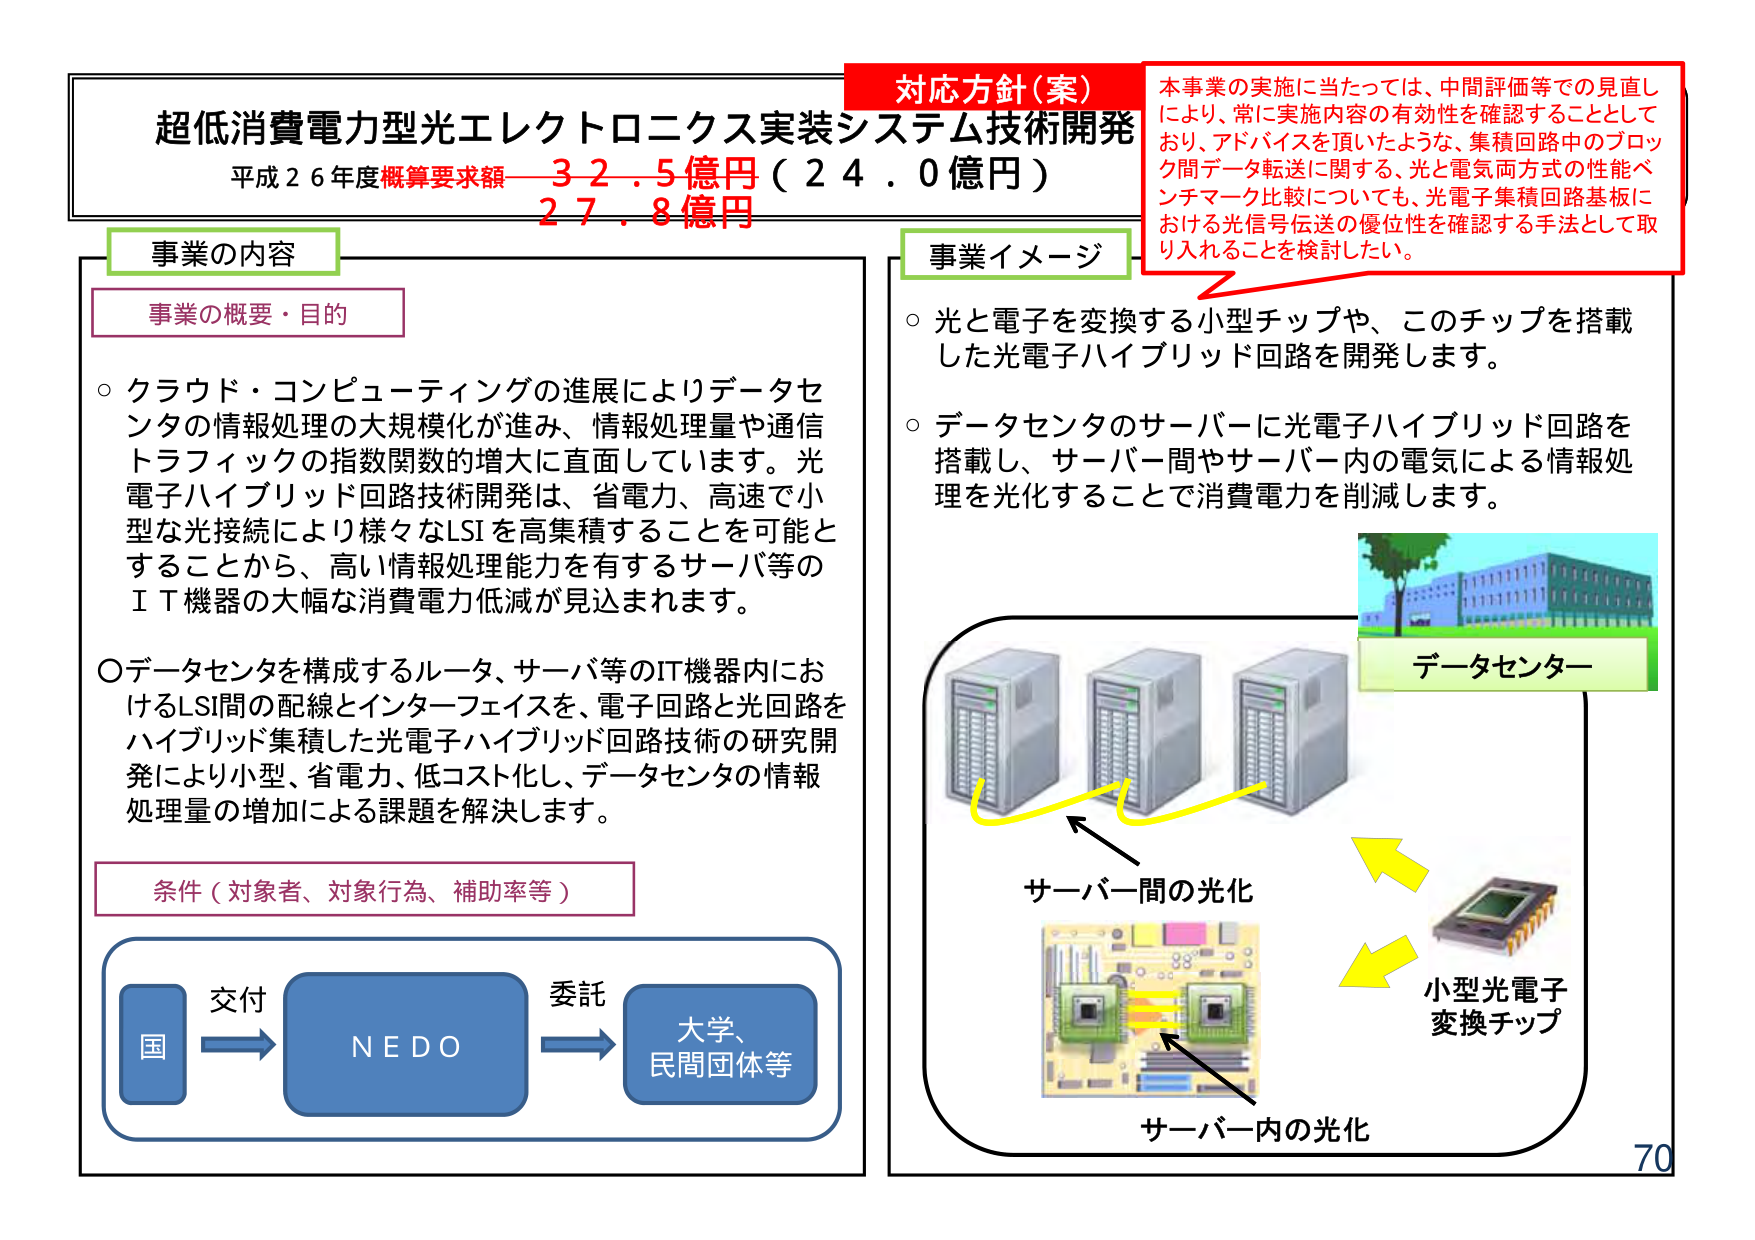
超低消費電力型光エレクトロニクス実装システム技術開発
平成２６年度概算要求額 ３２．５億円（２４．０億円）
２７．８億円

事業の内容
事業の概要・目的
○クラウド・コンピューティングの進展によりデータセンターの情報処理の大規模化が進み、情報処理量や通信トラフィックの指数関数的増大に直面しています。光電子ハイブリッド回路技術開発は、省電力、高速で小型な光接続により様々なLSIを高集積することを可能とすることから、高い情報処理能力を有するサーバ等のＩＴ機器の大幅な消費電力低減が見込まれます。
○データセンターを構成するルータ、サーバ等のIT機器内におけるLSI間の配線とインターフェイスを、電子回路と光回路をハイブリッド集積した光電子ハイブリッド回路技術の研究開発により小型、省電力、低コスト化し、データセンターの情報処理量の増加による課題を解決します。

条件（対象者、対象行為、補助率等）
国 → 交付 → NEDO → 委託 → 大学、民間団体等

対応方針（案）
本事業の実施に当たっては、中間評価等での見直しにより、常に実施内容の有効性を確認することとしており、アドバイスを頂いたような、集積回路中のブロック間データ転送に関する、光と電気両方式の性能ベンチマーク比較についても、光電子集積回路基板における光信号伝送の優位性を確認する手法として取り入れることを検討したい。

事業イメージ
○光と電子を変換する小型チップや、このチップを搭載した光電子ハイブリッド回路を開発します。
○データセンターのサーバーに光電子ハイブリッド回路を搭載し、サーバー間やサーバー内の電気による情報処理を光化することで消費電力を削減します。

データセンター
サーバー間の光化
サーバー内の光化
小型光電子変換チップ

70